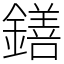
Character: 鐥